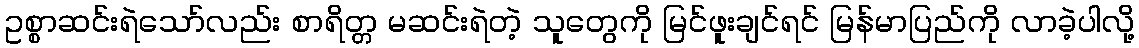
ဥစ္စာဆင်းရဲသော်လည်း စာရိတ္တ မဆင်းရဲတဲ့ သူတွေကို မြင်ဖူးချင်ရင် မြန်မာပြည်ကို လာခဲ့ပါလို့